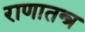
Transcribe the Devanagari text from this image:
राणातन्त्र